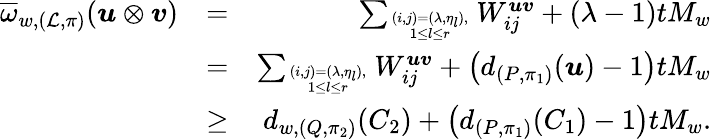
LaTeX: \begin{array}{rlr}{\overline{{\omega}}_{w,(\mathcal{L},\pi)}(\boldsymbol{u}\otimes\boldsymbol{v})}&{=}&{\sum_{(i,j)=(\lambda,\eta_{l}),\atop 1\leq l\leq r}W_{ij}^{\boldsymbol{uv}}+(\lambda-1)tM_{w}}\\ &{=}&{\sum_{(i,j)=(\lambda,\eta_{l}),\atop 1\leq l\leq r}W_{ij}^{\boldsymbol{uv}}+\left(d_{(P,\pi_{1})}(\boldsymbol{u})-1\right)tM_{w}}\\ &{\geq}&{d_{w,(Q,\pi_{2})}(C_{2})+\left(d_{(P,\pi_{1})}(C_{1})-1\right)tM_{w}.}\end{array}